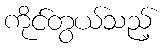
ကိုင်တွယ်သည့်